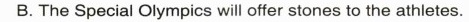
B. The Special Olympics will offer stones to the athletes.